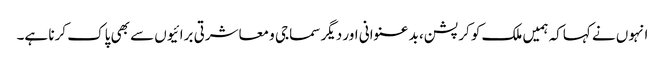
انہوں نے کہاکہ ہمیں ملک کو کرپشن، بد عنوانی اور دیگر سماجی و معاشرتی برائیوں سے بھی پاک کرنا ہے۔